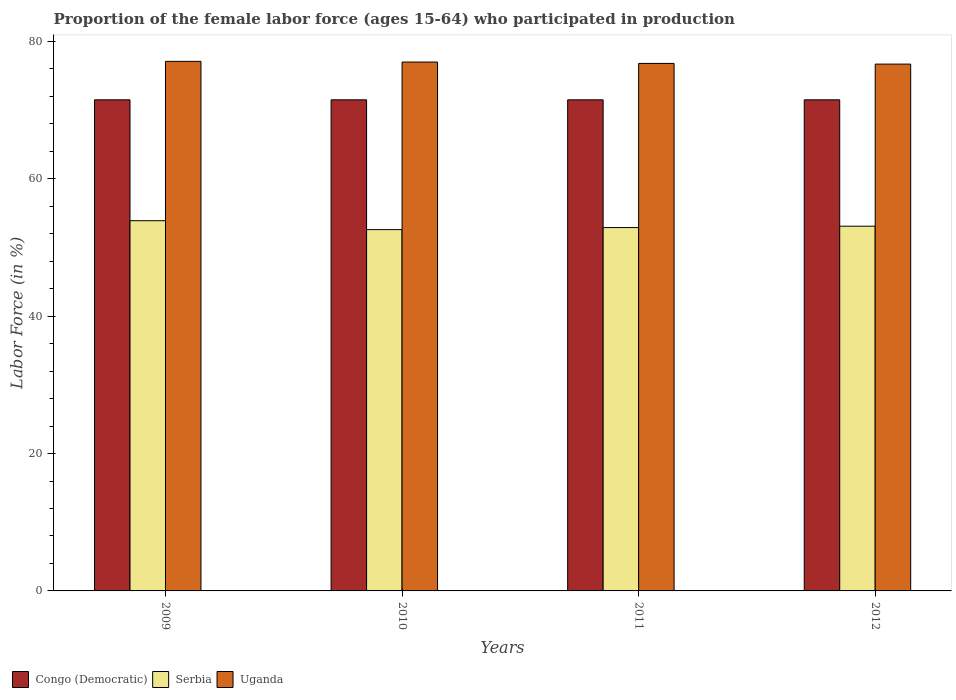
| Years | Congo (Democratic) | Serbia | Uganda |
 | --- | --- | --- | --- |
 | 2009 | 71.5 | 53.9 | 77.1 |
 | 2010 | 71.5 | 52.6 | 77 |
 | 2011 | 71.5 | 52.9 | 76.8 |
 | 2012 | 71.5 | 53.1 | 76.7 |